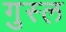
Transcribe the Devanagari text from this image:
गु़स्ल